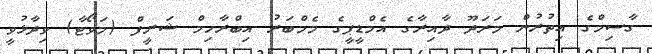
ގާސިމްގެ އިތުރުން މަރަދޫ ދާއިރާގެ އެމްޑީޕީގެ މެމްބަރު އިބްރާހިމް ޝަރީފް (މަވޯޓާ) ވިދާޅުވީ